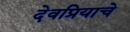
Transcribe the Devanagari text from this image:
देवप्रियाचे